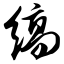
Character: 缟